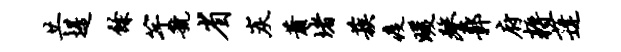
共堤余竽虢省炭萧堵蔟疫暖鏊鄣府耨蓬